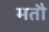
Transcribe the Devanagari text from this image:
मतौ